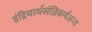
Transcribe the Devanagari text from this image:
इंद्रियार्थसंन्निकर्षजन्य